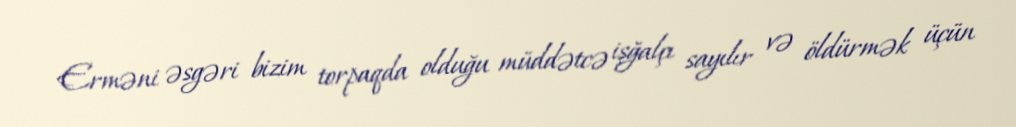
Erməni əsgəri bizim torpaqda olduğu müddətcə işğalçı sayılır və öldürmək üçün